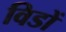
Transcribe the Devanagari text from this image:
विडों